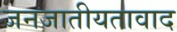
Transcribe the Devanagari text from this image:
जनजातीयतावाद